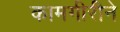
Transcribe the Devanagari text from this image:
कामगीरीने